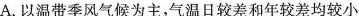
A.以温带季风气候为主，气温日较差和年较差均较小